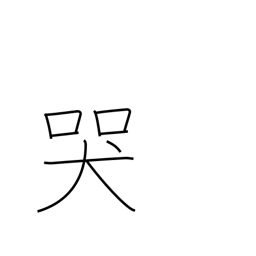
Meaning: moan